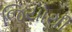
જિયોથી